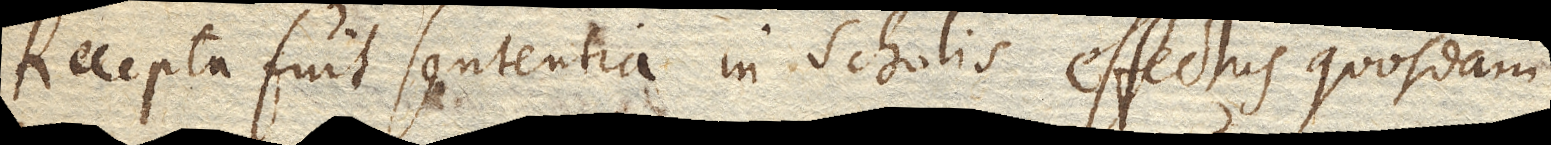
Recepta fuit sententia in scholis effectus quosdam